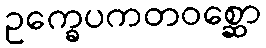
ဥက္ခေပကတဝစ္ဆော